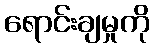
ရောင်းချမှုကို